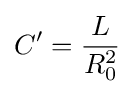
C'={\frac {L}{R_{0}^{2}}}